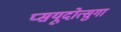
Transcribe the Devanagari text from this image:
प्सयूदोत्सुगा